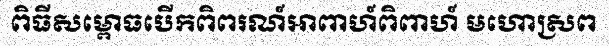
ពិធីសម្ពោធបើកពិពរណ៍អាពាហ៍ពិពាហ៍ មហោស្រព